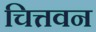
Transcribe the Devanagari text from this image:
चित्तवन